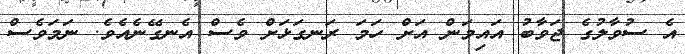
އެ ސުވާލުގެ ޖަވާބު އައިމަން އަށް ހަމަ ރަނގަޅަށް ވެސް އެނގޭނެއެވެ. ނަމަވެސް